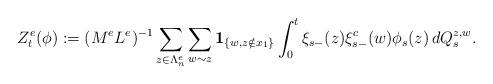
LaTeX: \begin{align*}Z^e_t(\phi):=(M^eL^e)^{-1} \sum_{z\in\Lambda^e_n} \sum_{w\sim z} {\bf 1}_{\{w,z\notin x_1\}}\int_0^t \xi_{s-}(z) \xi^c_{s-}(w) \phi_s(z) \, dQ^{z,w}_s.\end{align*}